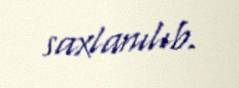
saxlanılıb.